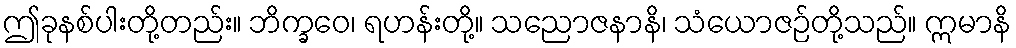
ဤခုနစ်ပါးတို့တည်း။ ဘိက္ခဝေ၊ ရဟန်းတို့။ သညောဇနာနိ၊ သံယောဇဉ်တို့သည်။ ဣမာနိ